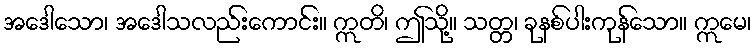
အဒေါသော၊ အဒေါသလည်းကောင်း။ ဣတိ၊ ဤသို့။ သတ္တ၊ ခုနစ်ပါးကုန်သော။ ဣမေ၊